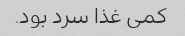
کمی غذا سرد بود.